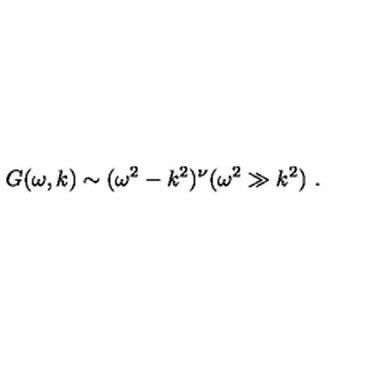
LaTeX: \ G ( \omega , k ) \sim ( \omega ^ { 2 } - k ^ { 2 } ) ^ { \nu } ( \omega ^ { 2 } \gg k ^ { 2 } ) \ .